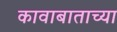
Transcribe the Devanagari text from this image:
कावाबाताच्या